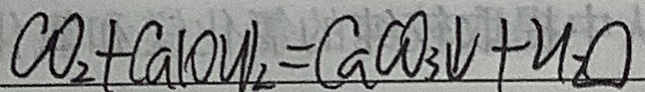
C O _ { 2 } + C a ( O H ) _ { 2 } = C a C O _ { 3 } \downarrow + H _ { 2 } O